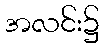
အလင်း၌